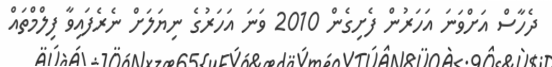
ދެހާސް އަށްވަނަ އަހަރުން ފެށިގެން 2010 ވަނަ އަހަރުގެ ނިޔަލަށް ނެރެފައިވާ ފިލްމްތައް